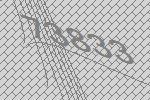
73833